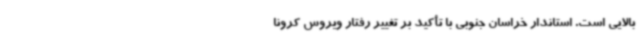
بالایی است. استاندار خراسان جنوبی با تأکید بر تغییر رفتار ویروس کرونا